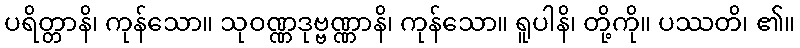
ပရိတ္တာနိ၊ ကုန်သော။ သုဝဏ္ဏဒုဗ္ဗဏ္ဏာနိ၊ ကုန်သော။ ရူပါနိ၊ တို့ကို။ ပဿတိ၊ ၏။